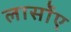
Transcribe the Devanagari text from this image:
लार्सोए